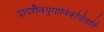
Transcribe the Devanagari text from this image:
द्वादशैवयुगानिकथितानि